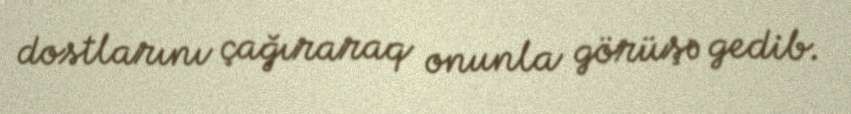
dostlarını çağıraraq onunla görüşə gedib.